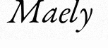
Maely